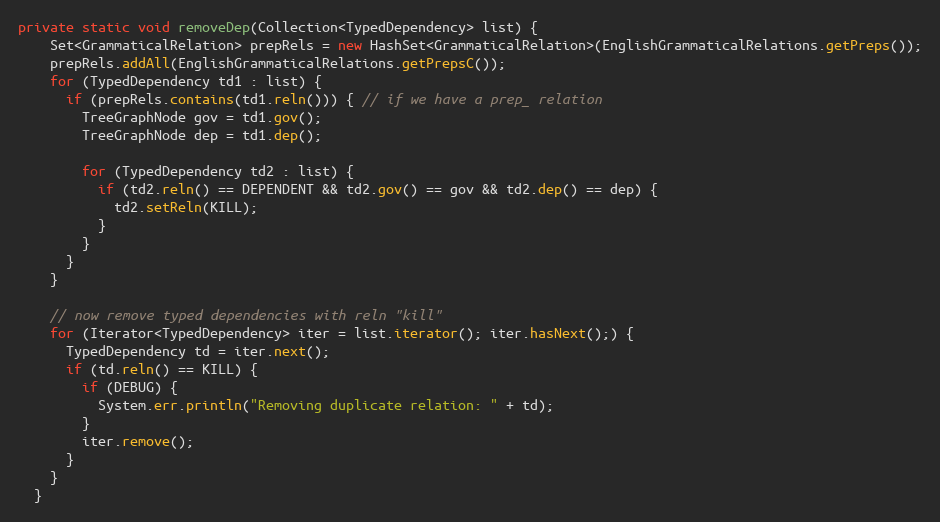
Language: Java
private static void removeDep(Collection<TypedDependency> list) {
    Set<GrammaticalRelation> prepRels = new HashSet<GrammaticalRelation>(EnglishGrammaticalRelations.getPreps());
    prepRels.addAll(EnglishGrammaticalRelations.getPrepsC());
    for (TypedDependency td1 : list) {
      if (prepRels.contains(td1.reln())) { // if we have a prep_ relation
        TreeGraphNode gov = td1.gov();
        TreeGraphNode dep = td1.dep();

        for (TypedDependency td2 : list) {
          if (td2.reln() == DEPENDENT && td2.gov() == gov && td2.dep() == dep) {
            td2.setReln(KILL);
          }
        }
      }
    }

    // now remove typed dependencies with reln "kill"
    for (Iterator<TypedDependency> iter = list.iterator(); iter.hasNext();) {
      TypedDependency td = iter.next();
      if (td.reln() == KILL) {
        if (DEBUG) {
          System.err.println("Removing duplicate relation: " + td);
        }
        iter.remove();
      }
    }
  }